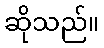
ဆိုသည်။